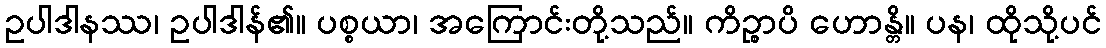
ဥပါဒါနဿ၊ ဥပါဒါန်၏။ ပစ္စယာ၊ အကြောင်းတို့သည်။ ကိဉ္စာပိ ဟောန္တိ။ ပန၊ ထိုသို့ပင်